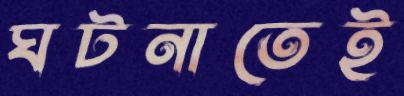
ঘটনাতেই